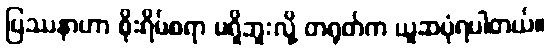
ပြဿနာဟာ စိုးရိမ်စရာ မရှိဘူးလို့ တရုတ်က ယူဆပုံရပါတယ်။